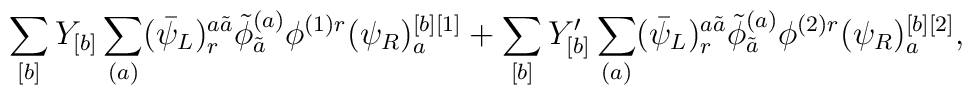
\sum_{[b]} Y_{[b]} \sum_{(a)} (\bar{\psi}_L)_r^{a \tilde{a}}   \tilde{\phi}^{(a)}_{\tilde{a}} \phi^{(1)r} (\psi_R)_a^{[b][1]}   + \sum_{[b]} Y'_{[b]} \sum_{(a)} (\bar{\psi}_L)_r^{a \tilde{a}}   \tilde{\phi}_{\tilde{a}}^{(a)} \phi^{(2)r} (\psi_R)_a^{[b][2]},